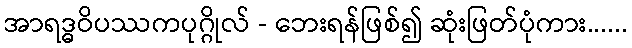
အာရဒ္ဓဝိပဿကပုဂ္ဂိုလ် - ဘေးရန်ဖြစ်၍ ဆုံးဖြတ်ပုံကား......